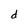
Character: d